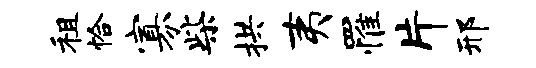
租恰寡柴拱夷罹片邢